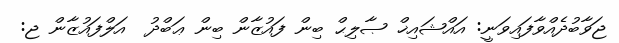
ޖަވާބުދެއްވާފައިވަނީ: އައްޝައިޚް ޞާލިޙް ބިން ފައުޒާން ބިން ޢަބްދު  އަލްފައުޒާން ޖ: